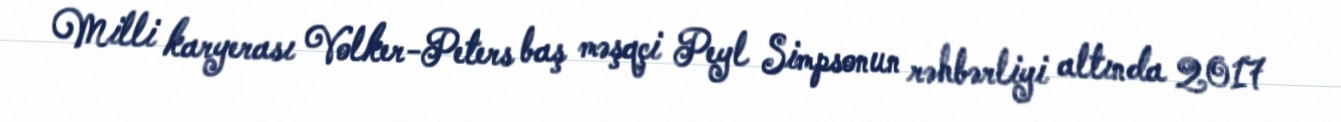
Milli karyerası Volker-Peters baş məşqçi Peyl Simpsonun rəhbərliyi altında 2017